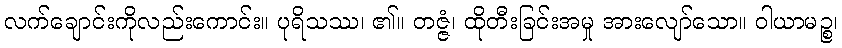
လက်ချောင်းကိုလည်းကောင်း။ ပုရိသဿ၊ ၏။ တဇ္ဇံ၊ ထိုတီးခြင်းအမှု အားလျော်သော။ ဝါယာမဉ္စ၊